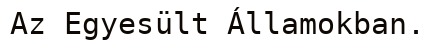
Az Egyesült Államokban.